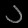
Digit: ၁